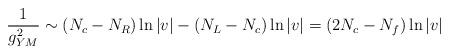
LaTeX: \begin{align*}\frac{1}{g_{YM}^2} \sim (N_c - N_R) \ln |v| - (N_L - N_c) \ln |v| = (2N_c - N_f) \ln |v|\end{align*}